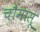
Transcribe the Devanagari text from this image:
चौमासू